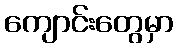
ကျောင်းတွေမှာ